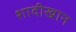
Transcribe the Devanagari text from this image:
शादीखान